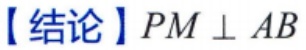
【结论】$PM\perp AB$